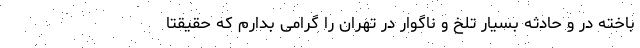
‌باخته در و حادثه بسیار تلخ و ناگوار در تهران را گرامی بدارم که حقیقتا